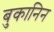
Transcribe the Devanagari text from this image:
बुकानिन